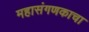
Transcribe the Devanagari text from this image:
महासंगणकाचा